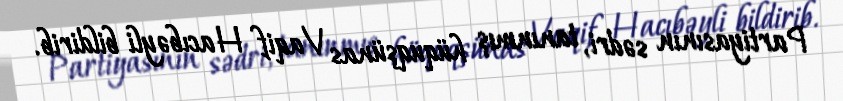
Partiyasının sədri, tanınmış hüquqşünas Vaqif Hacıbəyli bildirib.